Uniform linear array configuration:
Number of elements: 16
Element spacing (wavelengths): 0.75
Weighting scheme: uniform
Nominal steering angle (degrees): -15
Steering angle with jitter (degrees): -14.731
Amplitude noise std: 0.05
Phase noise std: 0.05

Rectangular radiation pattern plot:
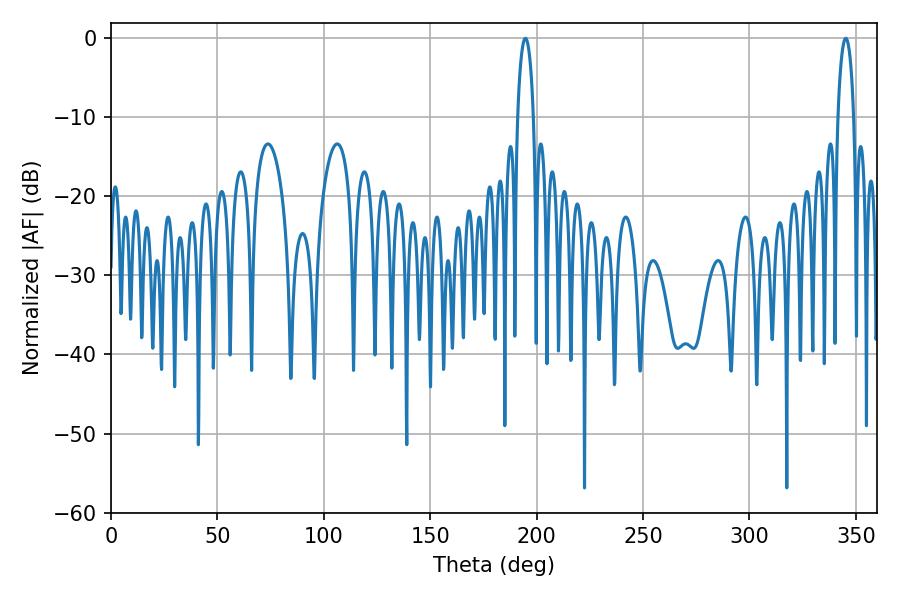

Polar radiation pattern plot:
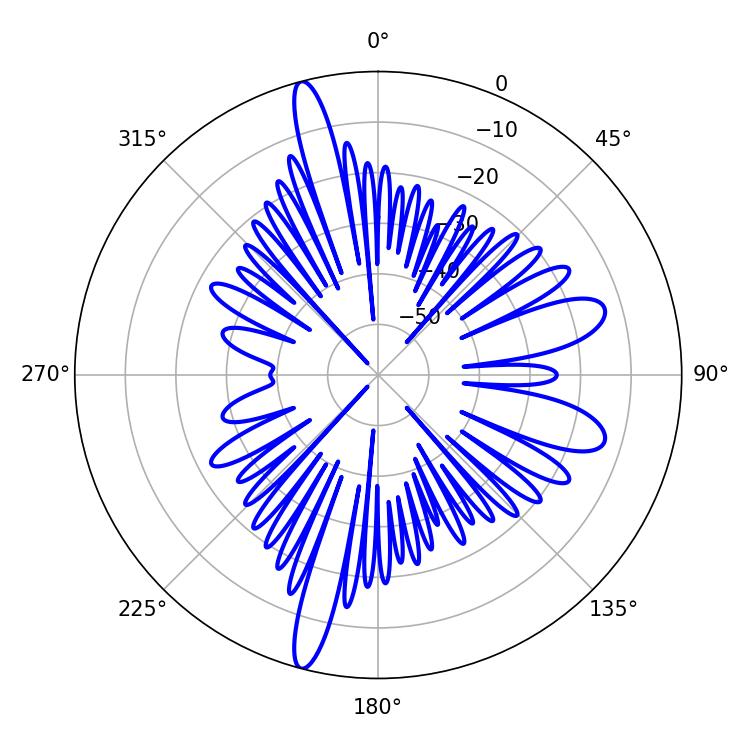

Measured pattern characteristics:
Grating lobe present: TRUE
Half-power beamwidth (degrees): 4.32
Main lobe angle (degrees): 194.76